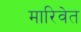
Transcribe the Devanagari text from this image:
मारिवेत